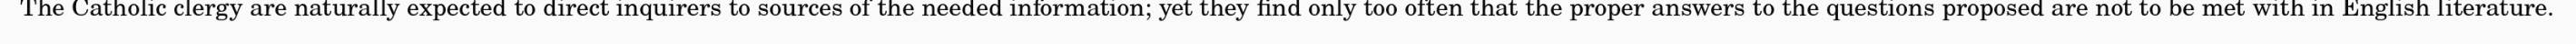
The Catholic clergy are naturally expected to direct inquirers to sources of the needed information; yet they find only too often that the proper answers to the questions proposed are not to be met with in English literature.